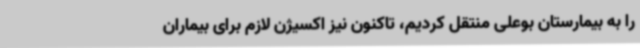
را به بیمارستان بوعلی منتقل کردیم، تاکنون نیز اکسیژن لازم برای بیماران